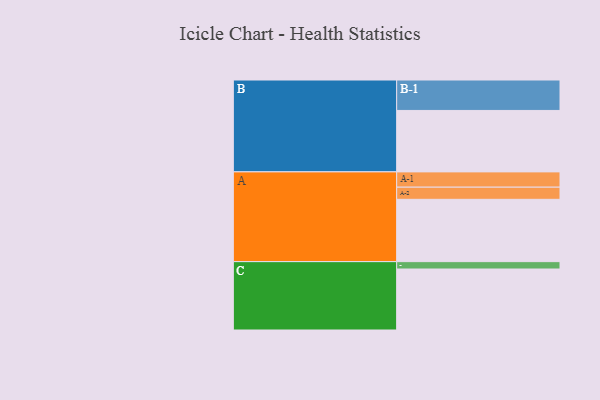
{"axis": {"x": "Segment", "y": "Value"}, "legend": ["", "A", "B", "C"], "data": [{"x": "A", "y": 559, "type": ""}, {"x": "B", "y": 551, "type": ""}, {"x": "C", "y": 547, "type": ""}, {"x": "A-1", "y": 137, "type": "A"}, {"x": "A-2", "y": 109, "type": "A"}, {"x": "B-1", "y": 273, "type": "B"}, {"x": "C-1", "y": 66, "type": "C"}]}